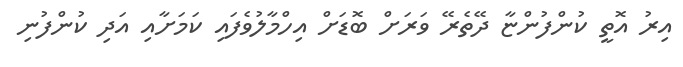
އިރު އޮތީ ކުންފުންޏާ ދޭތެރޭ ވަރަށް ބޮޑަށް އިހްމާލުވެފައި ކަމަށާއި އަދި ކުންފުނި